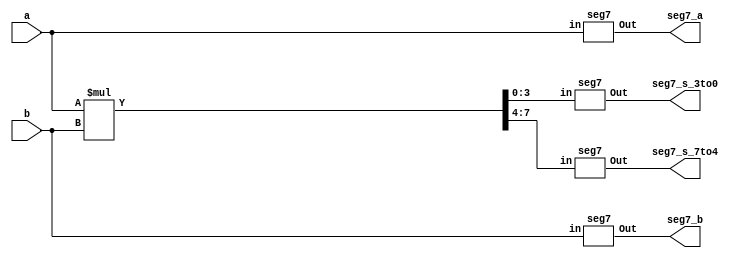
module hw7(a, b, seg7_a, seg7_b, seg7_s_7to4, seg7_s_3to0);

	input [3:0] a;
	input [3:0] b;

	output [6:0] seg7_a;
	output [6:0] seg7_b;
	output [6:0] seg7_s_7to4;
	output [6:0] seg7_s_3to0;

	wire [7:0] s;

	assign s = a * b;
	
	seg7 a_out(a, seg7_a);
	seg7 b_out(b, seg7_b);
	seg7 s_7to4_out(s[7:4], seg7_s_7to4);
	seg7 s_3to0_out(s[3:0], seg7_s_3to0);
	
endmodule

module seg7 (input [3:0] in, output reg [6:0] Out);

	always@(in)
	begin
	
		case(in)
			4'b0000:     Out <= 7'b000_0001; // 0
			4'b0001:     Out <= 7'b100_1111; // 1
			4'b0010:     Out <= 7'b001_0010; // 2
			4'b0011:     Out <= 7'b000_0110; // 3
			4'b0100:     Out <= 7'b100_1100; // 4
			4'b0101:     Out <= 7'b010_0100; // 5
			4'b0110:     Out <= 7'b110_0000; // 6
			4'b0111:     Out <= 7'b000_1111; // 7
			4'b1000:     Out <= 7'b000_0000; // 8
			4'b1001:     Out <= 7'b000_1100; // 9
			4'b1010:     Out <= 7'b000_1000; // A
			4'b1011:     Out <= 7'b110_0000; // b
			4'b1100:     Out <= 7'b011_0001; // C
			4'b1101:     Out <= 7'b100_0010; // d
			4'b1110:     Out <= 7'b011_0000; // E
			4'b1111:     Out <= 7'b011_1000; // F
		endcase
	
	end
endmodule